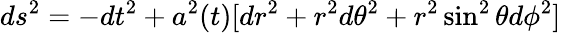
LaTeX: ds^{2}=-dt^{2}+a^{2}(t)[dr^{2}+r^{2}d\theta^{2}+r^{2}\sin^{2}\theta d\phi^{2}]